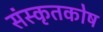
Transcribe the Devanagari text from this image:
संस्कृतकाेष